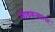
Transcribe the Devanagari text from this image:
मोडकसागर